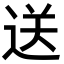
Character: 送